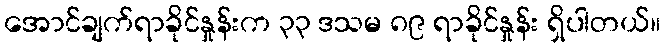
အောင်ချက်ရာခိုင်နှုန်းက ၃၃ ဒသမ ၈၉ ရာခိုင်နှုန်း ရှိပါတယ်။